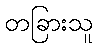
တခြားသူ